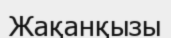
Жақанқызы